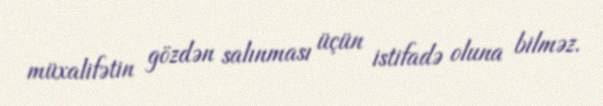
müxalifətin gözdən salınması üçün istifadə oluna bilməz.